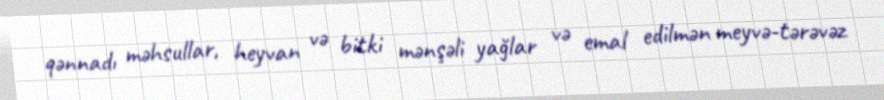
qənnadı məhsullar, heyvan və bitki mənşəli yağlar və emal edilmən meyvə-tərəvəz